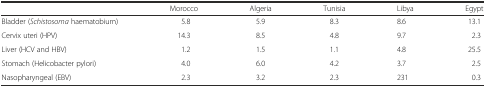
|  | Morocco | Algeria | Tunisia | Libya | Egypt |
 | --- | --- | --- | --- | --- | --- |
 | Bladder (Schistosoma haematobium) | 5.8 | 5.9 | 8.3 | 8.6 | 13.1 |
 | Cervix uteri (HPV) | 14.3 | 8.5 | 4.8 | 9.7 | 2.3 |
 | Liver (HCV and HBV) | 1.2 | 1.5 | 1.1 | 4.8 | 25.5 |
 | Stomach (Helicobacter pylori) | 4.0 | 6.0 | 4.2 | 3.7 | 2.5 |
 | Nasopharyngeal (EBV) | 2.3 | 3.2 | 2.3 | 231 | 0.3 |